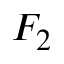
F _ { 2 }